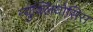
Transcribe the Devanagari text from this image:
न्युक्लियोसिस